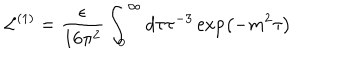
LaTeX: \mathcal { L } ^ { ( 1 ) } = \frac \epsilon { 1 6 \pi ^ { 2 } } \int _ { 0 } ^ { \infty } d \tau \tau ^ { - 3 } \exp \left( - m ^ { 2 } \tau \right)